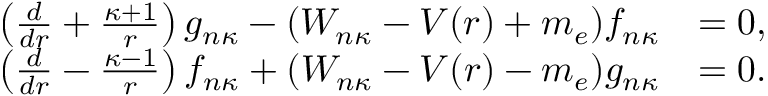
\begin{array} { r } { \begin{array} { r l } { \left( \frac { d } { d r } + \frac { \kappa + 1 } { r } \right) g _ { n \kappa } - ( W _ { n \kappa } - V ( r ) + m _ { e } ) f _ { n \kappa } } & { = 0 , } \\ { \left( \frac { d } { d r } - \frac { \kappa - 1 } { r } \right) f _ { n \kappa } + ( W _ { n \kappa } - V ( r ) - m _ { e } ) g _ { n \kappa } } & { = 0 . } \end{array} } \end{array}